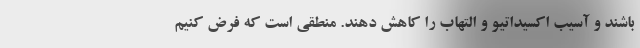
باشند و آسیب اکسیداتیو و التهاب را کاهش دهند. منطقی است که فرض کنیم